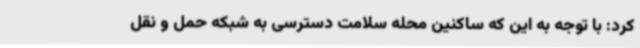
کرد: با توجه به این که ساکنین محله سلامت دسترسی به شبکه حمل و نقل